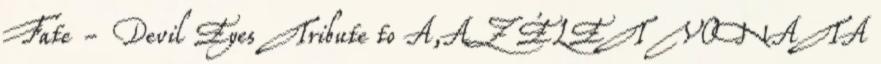
Fate - Devil Eyes Tribute to A,AZ ÉLET VONATA